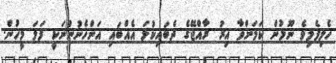
ހެލިފެލިވެ ނޫޅުން ކަމަށްވާ އިރު ރާއްޖޭގެ ދެބައިކުޅަ އެއްބައި އަންހެނުންނަކީ ފަލަ މީހުން.